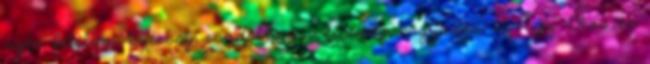
rajta, félelem, butaság, csodálkozás, testiség, vágyódás, élvvágy. Okos és